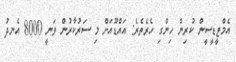
އެމްޓީޑީސީން ކުރިން ހިންގި ހެރެތެރެ: އައްޑޫއަށް މި ސަރުކާރުން ވަނީ 8000 އެނދު